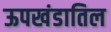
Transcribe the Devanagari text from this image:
ऊपखंडातिल